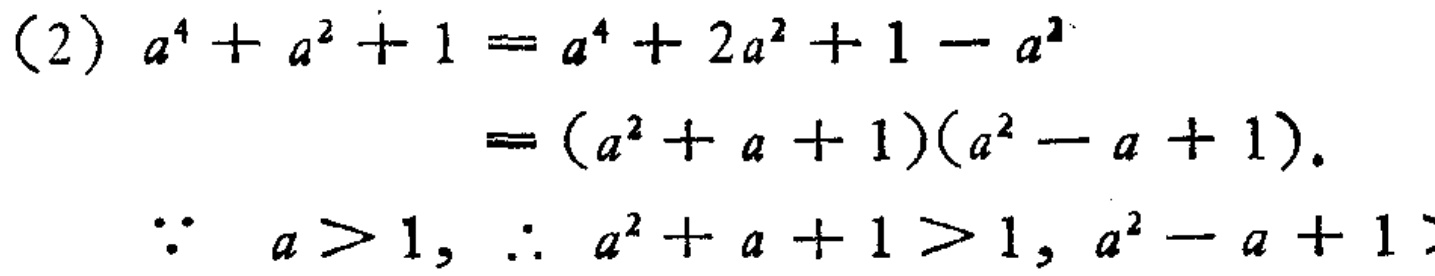
(2) \(a^{4}+a^{2}+1 = a^{4}+2a^{2}+1 - a^{2}\)

\(=(a^{2}+a + 1)(a^{2}-a + 1)\).

\(\because a>1,\therefore a^{2}+a + 1>1,a^{2}-a + 1\)